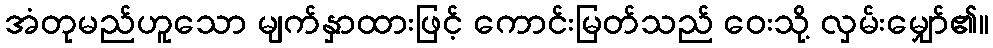
အံတုမည်ဟူသော မျက်နှာထားဖြင့် ကောင်းမြတ်သည် ဝေးသို့ လှမ်းမျှော်၏။